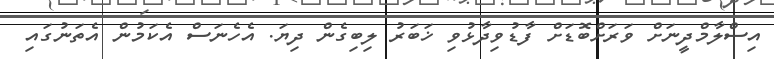
އިސްލާމްދީނަށް ވަރަށްބޮޑަށް ފާޑުވިދާޅުވި ޚަބަރު ލިބިގެން ދިޔަ. އެހެނަސް އެކަމުން އެތަނުގައި